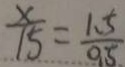
\frac { x } { 1 5 } = \frac { 1 . 5 } { 0 . 5 }